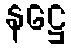
နဋ္ဌေ